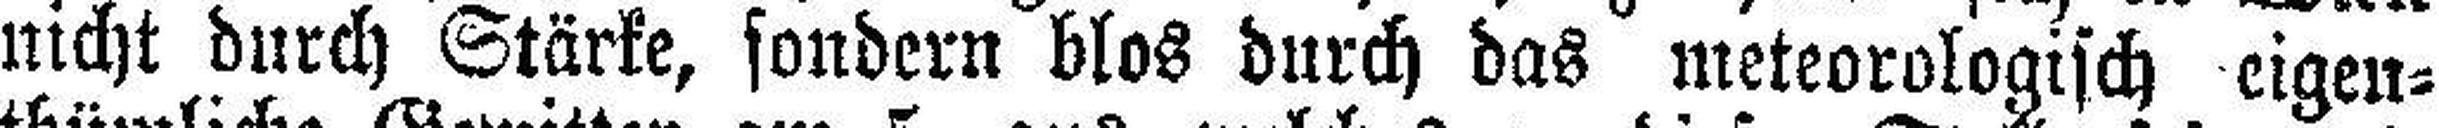
nicht durch Stärke, sondern blos durch das meteorologisch eigen¬